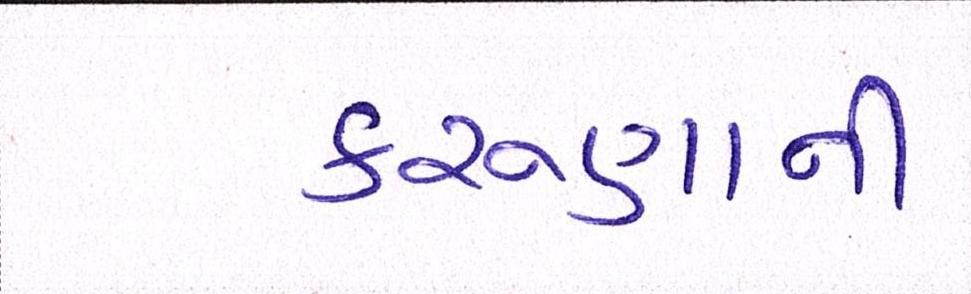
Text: કરુણાની